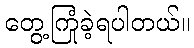
တွေ့ကြုံခဲ့ရပါတယ်။